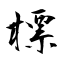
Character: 標